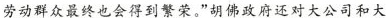
劳动群众最终也会得到繁荣。”胡佛政府还对大公司和大